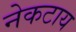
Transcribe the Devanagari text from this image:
नेकटाय